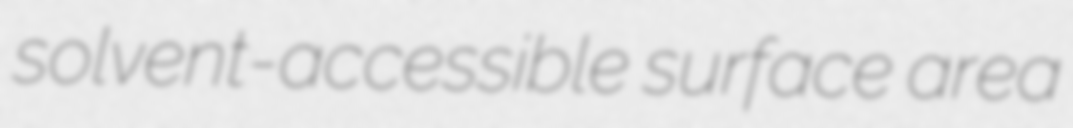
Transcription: solvent-accessible surface area